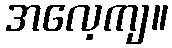
အလေ့ကျ။